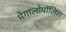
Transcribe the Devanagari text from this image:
मेगालोपॉलिस